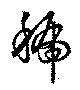
號